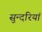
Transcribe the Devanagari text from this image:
सुन्दरियां